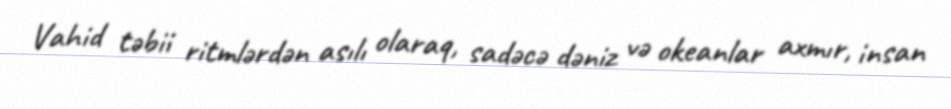
Vahid təbii ritmlərdən asılı olaraq, sadəcə dəniz və okeanlar axmır, insan